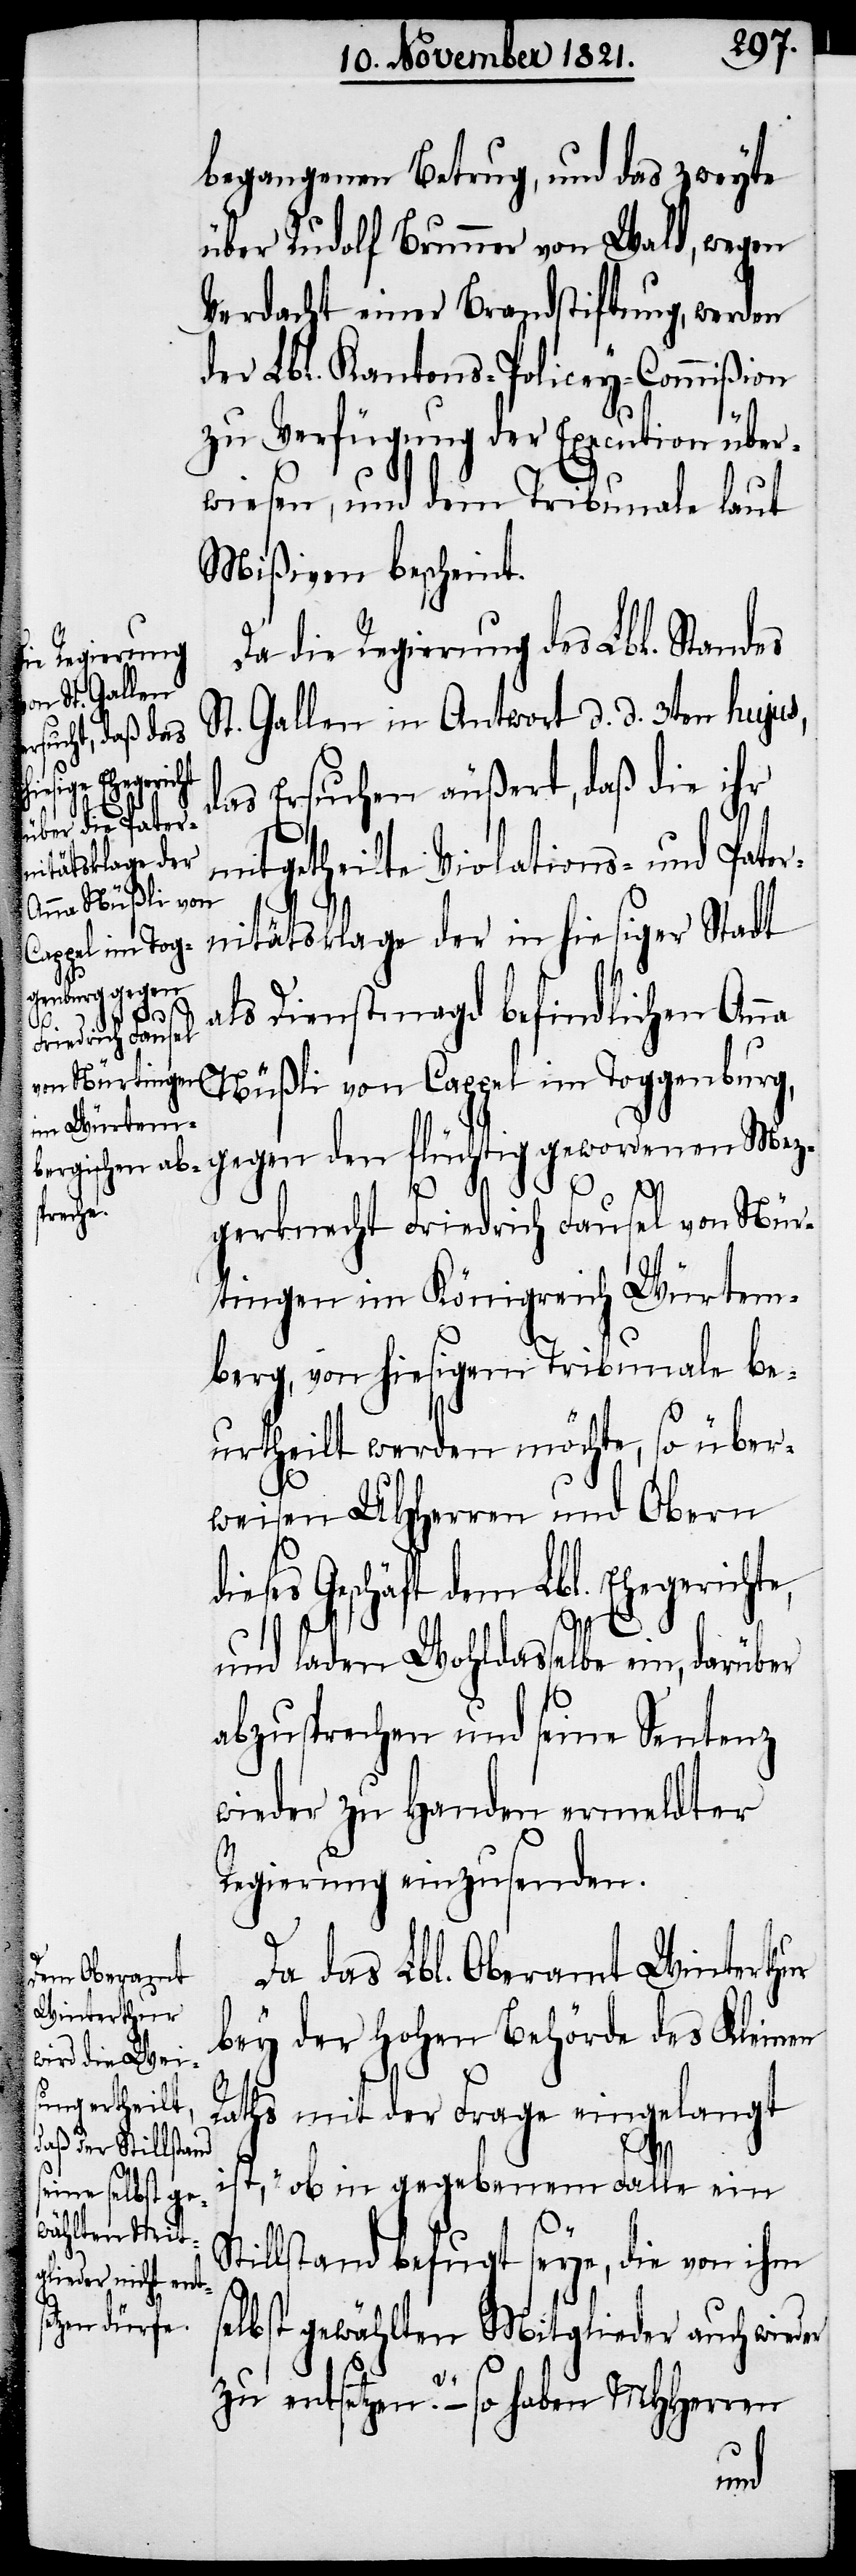
begangenen Betrug, und das zweyte
über Rudolf Brunner von Wald, wegen
Verdacht einer Brandstiftung, werden
der Lbl. Kantons-Policey-Commißion
zu Verfügung der Execution über¬
wiesen, und dem Tribunale laut
Mißiven bescheint.
Da die Regierung des Lbl. Standes
St. Gallen in Antwort d. d. 3ten hujus,
enen Mez¬
das Ersuchen äußert, daß die ihr
theilte Violations- und Pate¬
na Nüßli von
rnitätsklage der in hiesiger Stadt
ppel im Tog¬
genburg, gegen
s¬
als Dienstmagd befindlichen An¬
mitge¬
gerknecht Friedrich Fausel von Hür¬
tingen im Königreich Würtem¬
berg, von hiesigem Tribunale be¬
urtheilt werden möchte, so über¬
weisen UHHerren und Obern
dieses Geschäft dem Lbl. Ehegerichte,
und laden Wohldasselbe ein, darüber
abzusprechen und seine Sentenz
wieder zu Handen ermeldter
Regierung einzusenden.
Da das Lbl. Oberamt Winterthur
bey der hohen Behörde des Kleinen
Raths mit der Frage eingelangt
ist, „ob in gegebenem Falle ein
illstand befugt seye, die von ihm
elbst gewählten Mitglieder auch wieder
zu entsetzen?“ – so haben MHHerren